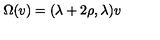
\Omega ( v ) = ( \lambda + 2 \rho , \lambda ) v